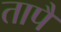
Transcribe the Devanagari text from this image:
तापै